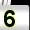
Digit: 5